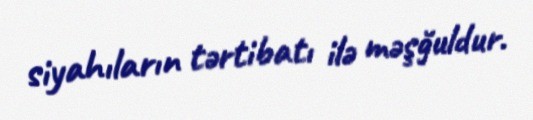
siyahıların tərtibatı ilə məşğuldur.